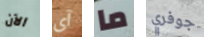
الآن آى ما جوفري